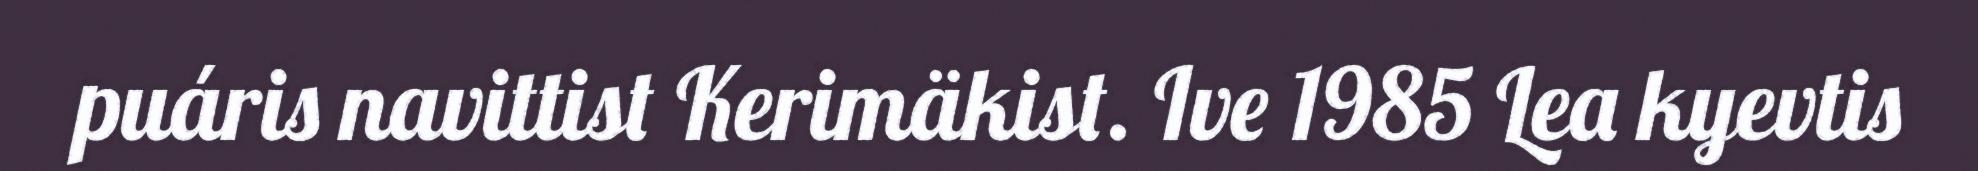
puáris navittist Kerimäkist. Ive 1985 Lea kyevtis